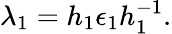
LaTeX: \lambda_{1}=h_{1}\epsilon_{1}h_{1}^{-1}.